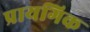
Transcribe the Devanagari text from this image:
प्रायगिक